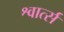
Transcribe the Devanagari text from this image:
श्वार्त्स